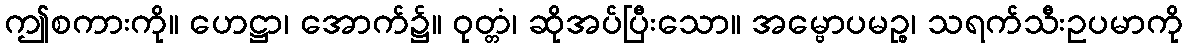
ဤစကားကို။ ဟေဋ္ဌာ၊ အောက်၌။ ဝုတ္တံ၊ ဆိုအပ်ပြီးသော။ အမ္ဗောပမဉ္စ၊ သရက်သီးဥပမာကို